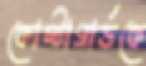
কোস্টাগার্ডকে